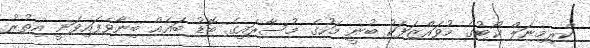
ކްރިމިނަލް ކޯޓުގެ މުވައްޒަފަކު ބުނީ މަހުގެ މުސާރައިގެ ބޮޑު ބައެއް ބިނާވެފައިވަނީ އިތުރު